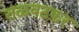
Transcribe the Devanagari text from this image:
तळवटकर